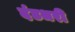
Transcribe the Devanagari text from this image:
दंडधरी